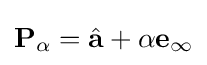
\mathbf {P} _{\alpha }={\hat {\mathbf {a} }}+\alpha \mathbf {e} _{\infty }